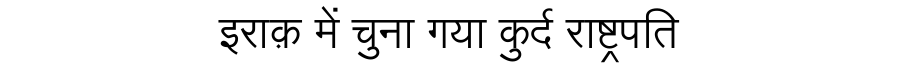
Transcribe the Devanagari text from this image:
इराक़ में चुना गया कुर्द राष्ट्रपति